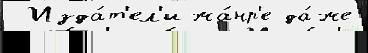
 Изда́т'ел'и жа́нр'е да́же